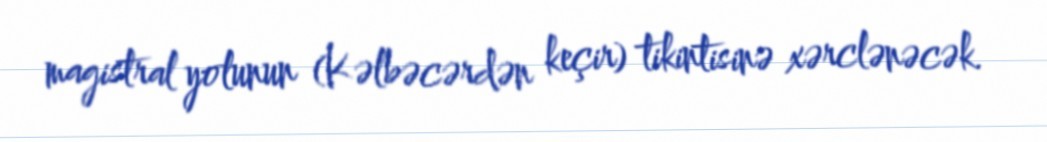
magistral yolunun (Kəlbəcərdən keçir) tikintisinə xərclənəcək.